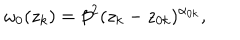
LaTeX: \omega _ { 0 } ( z _ { k } ) = \beta ^ { 2 } ( z _ { k } - z _ { 0 k } ) ^ { \alpha _ { 0 k } } ,